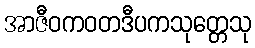
အာဇီဝကဝတဒီပကသုတ္တေသု